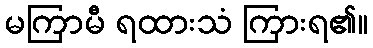
မကြာမီ ရထားသံ ကြားရ၏။